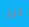
انا